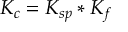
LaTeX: K _ { c } = K _ { s p } * K _ { f }